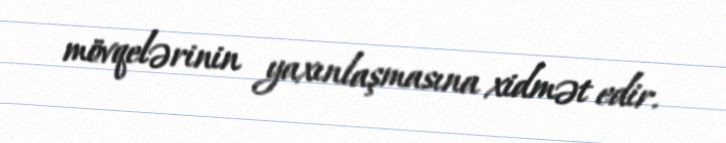
mövqelərinin yaxınlaşmasına xidmət edir.